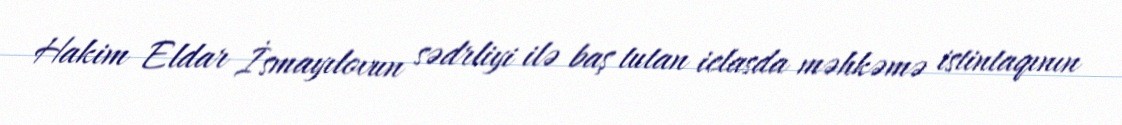
Hakim Eldar İsmayılovun sədrliyi ilə baş tutan iclasda məhkəmə istintaqının